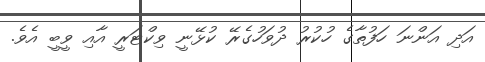
އަދި އަންނަ ހަފުތާގެ ހުކުރު ދުވަހުގެރޭ ކުޅޭނީ ވިކްޓަރީ އާއި ވީބީ އެވެ.